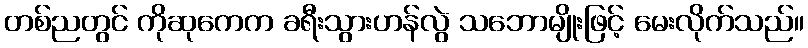
တစ်ညတွင် ကိုဆုကေက ခရီးသွားဟန်လွဲ သဘောမျိုးဖြင့် မေးလိုက်သည်။